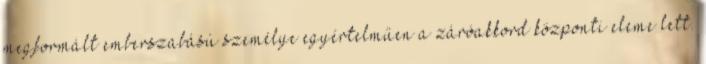
megformált emberszabású személye egyértelműen a záróakkord központi eleme lett.